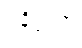
ဝနိဗ္ဗကာ